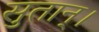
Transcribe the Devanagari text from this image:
सुतान्।